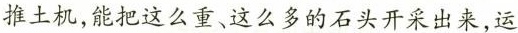
推土机，能把这么重、这么多的石头开采出来，运